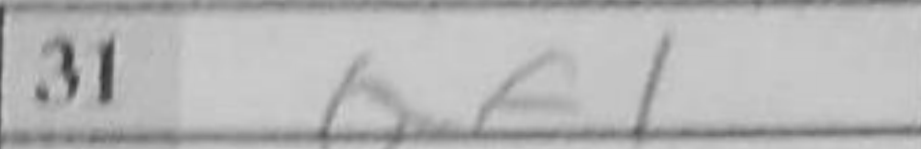
Transcription: Qf1